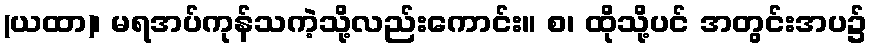
(ယထာ)၊ မရအပ်ကုန်သကဲ့သို့လည်းကောင်း။ စ၊ ထိုသို့ပင် အတွင်းအပ၌